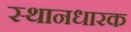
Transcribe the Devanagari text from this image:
स्थानधारक